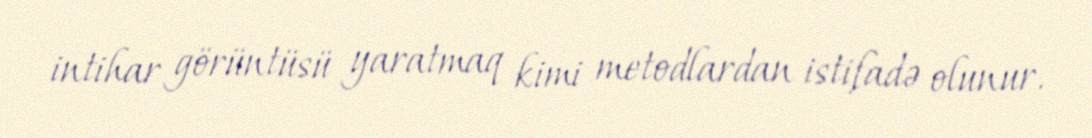
intihar görüntüsü yaratmaq kimi metodlardan istifadə olunur.